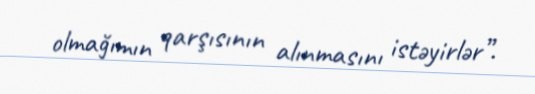
olmağımın qarşısının alınmasını istəyirlər”.